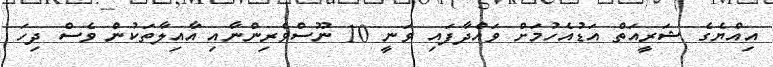
އިއްޔެގެ ޝަރީއަތް އަޑުއެހުމަށް ވައްދާފައި ވަނީ 10 ނޫސްވެރިންނާއި އާއިލާތަކުން ވެސް ދިހަ